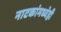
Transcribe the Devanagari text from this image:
नाटकांमध्येही